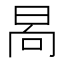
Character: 晑